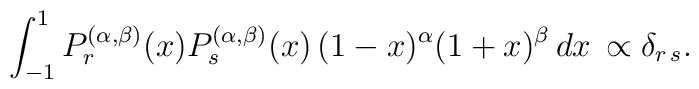
\int_{-1}^1 P_r^{(\alpha,\beta)}(x)   P_s^{(\alpha,\beta)}(x)\,(1-x)^\alpha (1+x)^\beta\,dx\,   \propto\delta_{r\,s}.